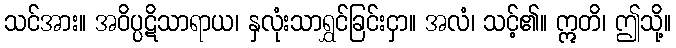
သင်အား။ အဝိပ္ပဋိသာရာယ၊ နှလုံးသာရွှင်ခြင်းငှာ။ အလံ၊ သင့်၏။ ဣတိ၊ ဤသို့။